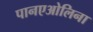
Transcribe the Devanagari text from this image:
पानएओलिना